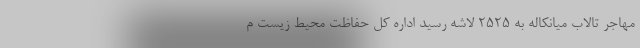
مهاجر تالاب میانکاله به ۲۵۲۵ لاشه رسید اداره کل حفاظت محیط زیست م